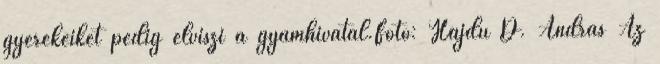
gyerekeiket pedig elviszi a gyámhivatal.Fotó: Hajdú D. András Az